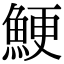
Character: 鯁